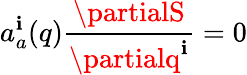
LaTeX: a_{a}^{\mathbf{i}}(q)\frac{{\partialS}}{{\partialq^{\mathbf{i}}}}=0